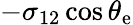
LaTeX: -\sigma_{\mathrm{{12}}}\cos\theta_{\mathrm{{e}}}